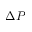
\Delta P